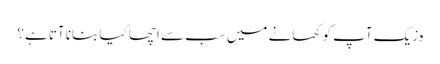
ہ زیک آپ کو کھانے میں سب سے اچھا کیا بنانا آتا ہے؟